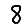
Digit: 8